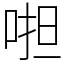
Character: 𠵆